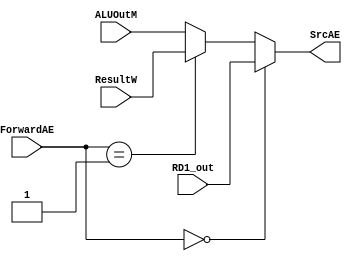
`timescale 1ns / 1ps
//////////////////////////////////////////////////////////////////////////////////
// Company: 
// Engineer: 
// 
// Design Name: 
// Module Name:    ForwardAE_Mulselect 
// Project Name: 
// Target Devices: 
// Tool versions: 
// Description: 
//
// Dependencies: 
//
// Revision: 
// Revision 0.01 - File Created
// Additional Comments: 
//
//////////////////////////////////////////////////////////////////////////////////
module ForwardAE_Mulselect(
   input [31:0]RD1_out,
	input [31:0]ALUOutM,
	input [31:0]ResultW,
   input [1:0]ForwardAE,
	output [31:0]SrcAE
);

  assign SrcAE = (ForwardAE==2'd0)?RD1_out:(ForwardAE==2'd1)?ResultW:ALUOutM;
endmodule